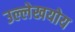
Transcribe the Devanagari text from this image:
उल्लेखयोय